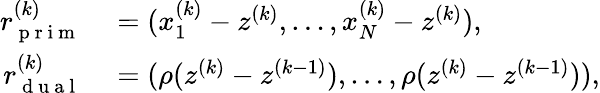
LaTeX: \begin{array}{rl}{r_{\mathrm{~p~r~i~m~}}^{(k)}}&{{}=(x_{1}^{(k)}-z^{(k)},\ldots,x_{N}^{(k)}-z^{(k)}),}\\ {r_{\mathrm{~d~u~a~l~}}^{(k)}}&{{}=(\rho(z^{(k)}-z^{(k-1)}),\ldots,\rho(z^{(k)}-z^{(k-1)})),}\end{array}